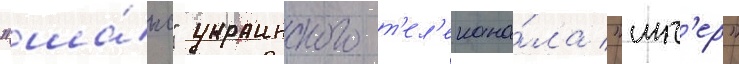
"ша́нс" украинского т'ел'екана́ла "инт'ер"